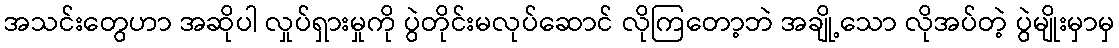
အသင်းတွေဟာ အဆိုပါ လှုပ်ရှားမှုကို ပွဲတိုင်းမလုပ်ဆောင် လိုကြတော့ဘဲ အချို့သော လိုအပ်တဲ့ ပွဲမျိုးမှာမှ